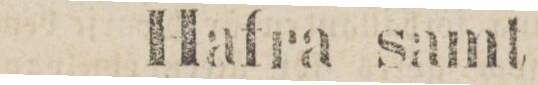
Hafra samt